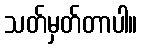
သတ်မှတ်တာပါ။